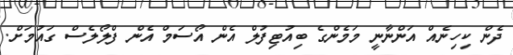
ދެން ކިހިނެއް އަންނާނީ މަމެންގެ ބިއުޓިފުލް އެން އޯސަމް އެން ފްލޯލެސް ގައުމަށް.